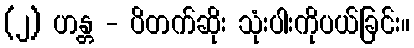
(၂) ဟန္တ - ပိတက်ဆိုး သုံးပါးကိုပယ်ခြင်း။